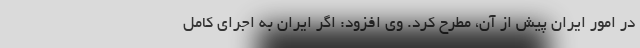
در امور ایران پیش از آن، مطرح کرد. وی افزود: اگر ایران به اجرای کامل